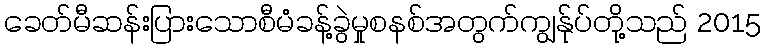
ခေတ်မီဆန်းပြားသောစီမံခန့်ခွဲမှုစနစ်အတွက်ကျွန်ုပ်တို့သည် 2015